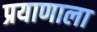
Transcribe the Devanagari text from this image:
प्रयाणाला